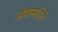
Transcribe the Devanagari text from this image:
अंबामातेचे